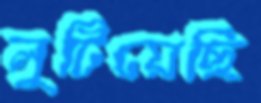
লুটিয়েছি